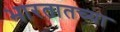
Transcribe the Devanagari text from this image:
भारतातच्या